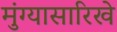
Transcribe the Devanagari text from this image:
मुंग्यासारिखे